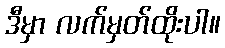
ဒီမှာ လက်မှတ်ထိုးပါ။